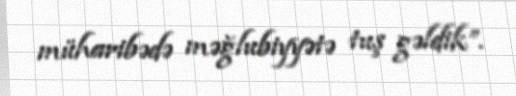
müharibədə məğlubiyyətə tuş gəldik”.